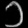
Digit: ၁